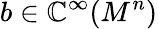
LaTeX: b\in\mathbb{C}^{\infty}(M^{n})